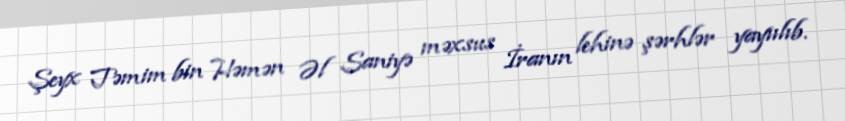
Şeyx Təmim bin Həmən Əl Saniyə məxsus İranın lehinə şərhlər yayıılıb.